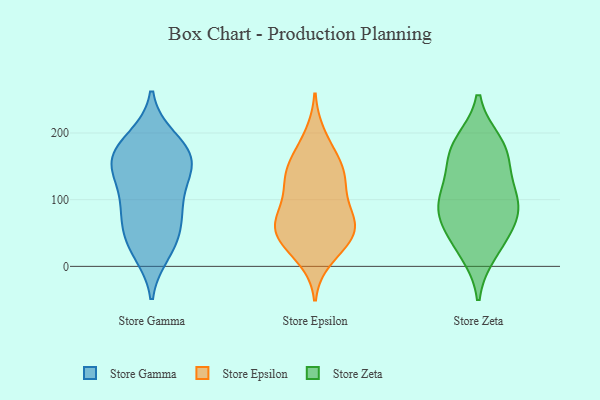
{"axis": {"x": "Temperature (°C)", "y": "Value"}, "legend": ["Store Epsilon", "Store Gamma", "Store Zeta"], "data": [{"x": "", "y": 158, "type": "Store Gamma"}, {"x": "", "y": 70, "type": "Store Gamma"}, {"x": "", "y": 162, "type": "Store Gamma"}, {"x": "", "y": 109, "type": "Store Gamma"}, {"x": "", "y": 189, "type": "Store Gamma"}, {"x": "", "y": 21, "type": "Store Gamma"}, {"x": "", "y": 66, "type": "Store Gamma"}, {"x": "", "y": 160, "type": "Store Gamma"}, {"x": "", "y": 192, "type": "Store Gamma"}, {"x": "", "y": 34, "type": "Store Gamma"}, {"x": "", "y": 136, "type": "Store Gamma"}, {"x": "", "y": 157, "type": "Store Gamma"}, {"x": "", "y": 32, "type": "Store Gamma"}, {"x": "", "y": 80, "type": "Store Gamma"}, {"x": "", "y": 105, "type": "Store Gamma"}, {"x": "", "y": 160, "type": "Store Gamma"}, {"x": "", "y": 147, "type": "Store Epsilon"}, {"x": "", "y": 54, "type": "Store Epsilon"}, {"x": "", "y": 195, "type": "Store Epsilon"}, {"x": "", "y": 91, "type": "Store Epsilon"}, {"x": "", "y": 64, "type": "Store Epsilon"}, {"x": "", "y": 60, "type": "Store Epsilon"}, {"x": "", "y": 37, "type": "Store Epsilon"}, {"x": "", "y": 140, "type": "Store Epsilon"}, {"x": "", "y": 78, "type": "Store Epsilon"}, {"x": "", "y": 49, "type": "Store Epsilon"}, {"x": "", "y": 30, "type": "Store Epsilon"}, {"x": "", "y": 13, "type": "Store Epsilon"}, {"x": "", "y": 170, "type": "Store Epsilon"}, {"x": "", "y": 65, "type": "Store Epsilon"}, {"x": "", "y": 129, "type": "Store Epsilon"}, {"x": "", "y": 140, "type": "Store Epsilon"}, {"x": "", "y": 117, "type": "Store Epsilon"}, {"x": "", "y": 77, "type": "Store Zeta"}, {"x": "", "y": 153, "type": "Store Zeta"}, {"x": "", "y": 179, "type": "Store Zeta"}, {"x": "", "y": 113, "type": "Store Zeta"}, {"x": "", "y": 34, "type": "Store Zeta"}, {"x": "", "y": 64, "type": "Store Zeta"}, {"x": "", "y": 21, "type": "Store Zeta"}, {"x": "", "y": 77, "type": "Store Zeta"}, {"x": "", "y": 101, "type": "Store Zeta"}, {"x": "", "y": 103, "type": "Store Zeta"}, {"x": "", "y": 185, "type": "Store Zeta"}, {"x": "", "y": 171, "type": "Store Zeta"}]}